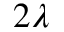
2 \lambda